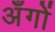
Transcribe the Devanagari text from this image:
अँगों